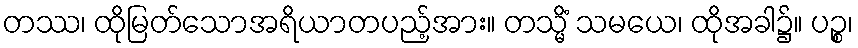
တဿ၊ ထိုမြတ်သောအရိယာတပည့်အား။ တသ္မိံ သမယေ၊ ထိုအခါ၌။ ပဉ္စ၊